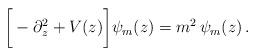
LaTeX: \begin{align*}\bigg[-\partial_z^2+ V(z)\bigg]\psi_m(z)= m^2\,\psi_m(z)\,.\end{align*}